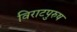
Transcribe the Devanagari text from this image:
विराटपुरुष